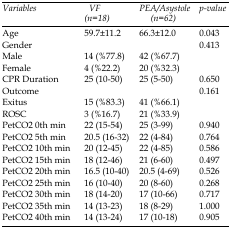
<table><thead><tr><td><b><i>Variables</i></b></td><td><b><i>VF (n=18)</i></b></td><td><b><i>PEA/Asystole (n=62)</i></b></td><td><b><i>p-value</i></b></td></tr></thead><tbody><tr><td>Age</td><td>59.7±11.2</td><td>66.3±12.0</td><td>0.043</td></tr><tr><td>Gender </td><td></td><td></td><td>0.413</td></tr><tr><td><i>Male</i></td><td>14 (%77.8)</td><td>42 (%67.7)</td><td></td></tr><tr><td><i>Female</i></td><td>4 (%22.2)</td><td>20 (%32.3)</td><td></td></tr><tr><td>CPR Duration</td><td>25 (10-50)</td><td>25 (5-50)</td><td>0.650</td></tr><tr><td>Outcome</td><td></td><td></td><td>0.161</td></tr><tr><td><i>Exitus</i></td><td>15 (%83.3)</td><td>41 (%66.1)</td><td></td></tr><tr><td><i>ROSC</i></td><td>3 (%16.7)</td><td>21 (%33.9)</td><td></td></tr><tr><td>PetCO<sub>2</sub> 0th min</td><td>22 (15-54)</td><td>25 (3-99)</td><td>0.940</td></tr><tr><td>PetCO2 5th min</td><td>20.5 (16-32)</td><td>22 (4-84)</td><td>0.764</td></tr><tr><td>PetCO2 10th min</td><td>20 (12-45)</td><td>22 (4-85)</td><td>0.586</td></tr><tr><td>PetCO2 15th min</td><td>18 (12-46)</td><td>21 (6-60)</td><td>0.497</td></tr><tr><td>PetCO2 20th min</td><td>16.5 (10-40)</td><td>20.5 (4-69)</td><td>0.526</td></tr><tr><td>PetCO2 25th min</td><td>16 (10-40)</td><td>20 (8-60)</td><td>0.268</td></tr><tr><td>PetCO2 30th min</td><td>18 (14-20)</td><td>17 (10-66)</td><td>0.717</td></tr><tr><td>PetCO2 35th min</td><td>14 (13-23)</td><td>18 (8-29)</td><td>1.000</td></tr><tr><td>PetCO2 40th min</td><td>14 (13-24)</td><td>17 (10-18)</td><td>0.905</td></tr></tbody></table>